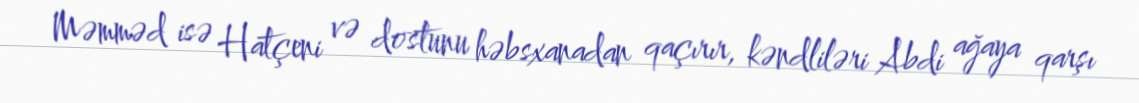
Məmməd isə Hatçeni və dostunu həbsxanadan qaçırır, kəndliləri Abdi ağaya qarşı